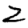
Digit: 2